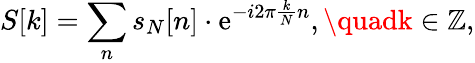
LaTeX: S[k]=\sum_{n}s_{N}[n]\cdot\mathrm{e}^{-i2\pi{\frac{{k}}{{N}}}n},\quadk\in\mathbb{{Z}},